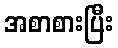
အစာစားပြီး